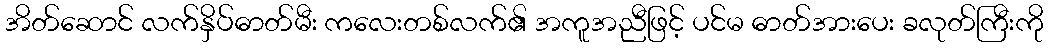
အိတ်ဆောင် လက်နှိပ်ဓာတ်မီး ကလေးတစ်လက်၏ အကူအညီဖြင့် ပင်မ ဓာတ်အားပေး ခလုတ်ကြီးကို